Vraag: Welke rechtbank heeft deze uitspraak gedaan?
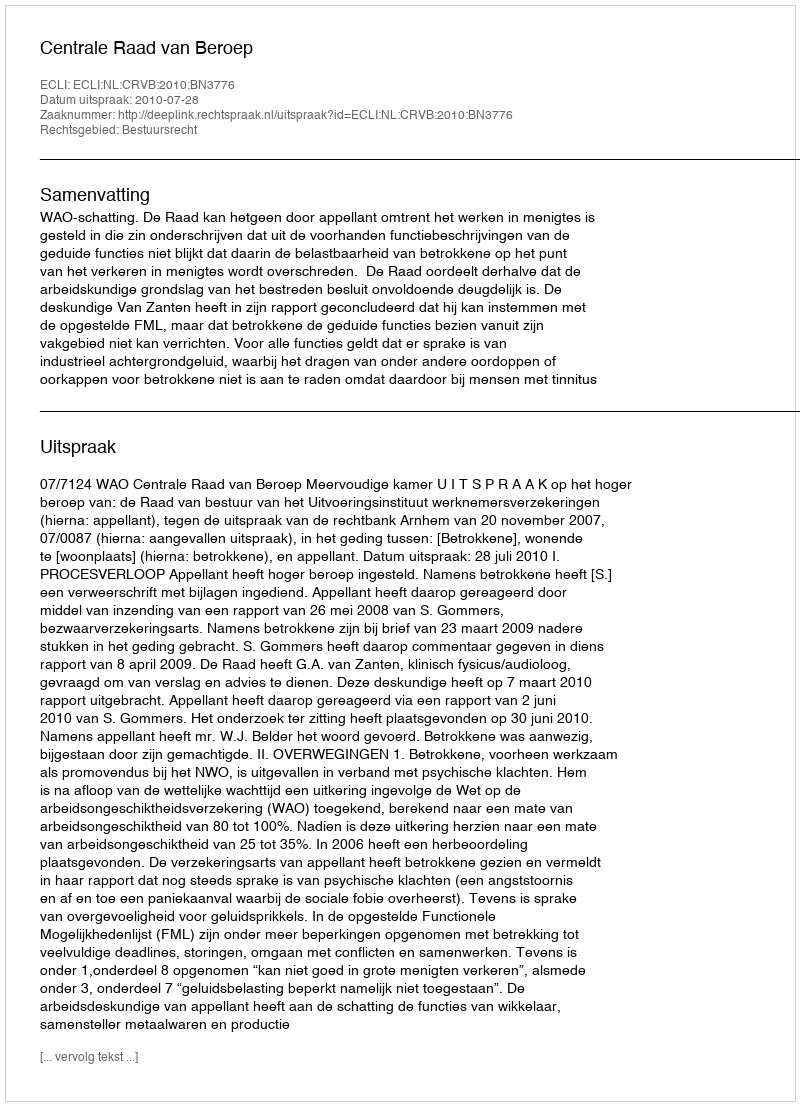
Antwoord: Centrale Raad van Beroep